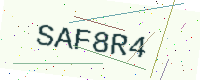
Text: SAF8R4